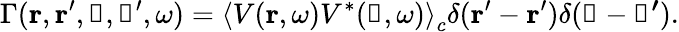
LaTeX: \Gamma(\boldsymbol{\mathbf{r}},\boldsymbol{\mathbf{r}}^{\prime},\boldsymbol{\mathbf{\uprho}},\boldsymbol{\mathbf{\uprho}}^{\prime},\omega)=\left\langle V(\boldsymbol{\mathbf{r}},\omega)V^{*}(\boldsymbol{\mathbf{\uprho}},\omega)\right\rangle_{c}\delta(\boldsymbol{\mathbf{r}}^{\prime}-\boldsymbol{\mathbf{r}}^{\prime})\delta(\boldsymbol{\mathbf{\uprho}}-\boldsymbol{\mathbf{\uprho^{\prime}}}).